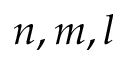
n , m , l